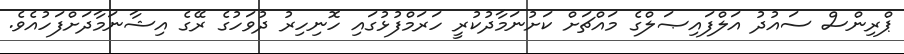
ޕްރިންސް ސައުދު އަލްފައިޞަލްގެ މައްްޗަށް ކަށުނަމާދުކުރީ ހަރަމްފުޅުގައި ހޮނިހިރު ދުވަހުގެ ރޭގެ އިޝާނަމާދަށްފަހުއެވެ.